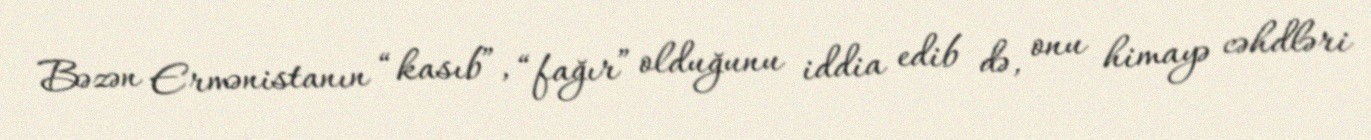
Bəzən Ermənistanın “kasıb”, “fağır” olduğunu iddia edib də, onu himayə cəhdləri